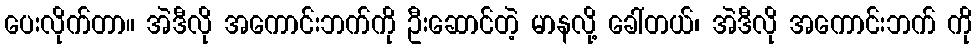
ပေးလိုက်တာ။ အဲဒီလို အကောင်းဘက်ကို ဦးဆောင်တဲ့ မာနလို့ ခေါ်တယ်၊ အဲဒီလို အကောင်းဘက် ကို